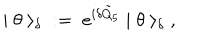
| \; \theta \; \rangle _ { \delta } \; : = \; e ^ { i \delta \tilde { Q } _ { 5 } } \; | \; \theta \; \rangle _ { \delta } \; ,